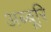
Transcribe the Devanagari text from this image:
अब्बूरि